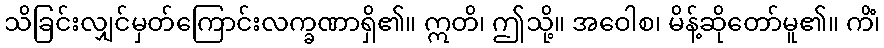
သိခြင်းလျှင်မှတ်ကြောင်းလက္ခဏာရှိ၏။ ဣတိ၊ ဤသို့။ အဝေါစ၊ မိန့်ဆိုတော်မူ၏။ ကိံ၊